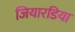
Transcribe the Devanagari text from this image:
जियारडिया